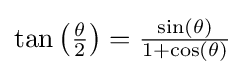
\tan \left({\tfrac {\theta }{2}}\right)={\tfrac {\sin(\theta )}{1+\cos(\theta )}}